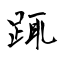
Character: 踂